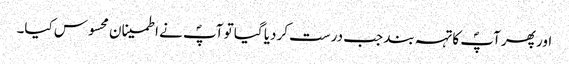
اور پھر آپؐ کا تہہ بند جب درست کردیا گیا تو آپؐ نے اطمینان محسوس کیا۔